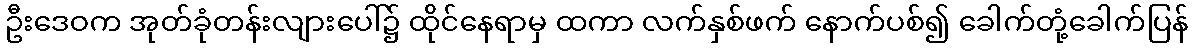
ဦးဒေဝက အုတ်ခုံတန်းလျားပေါ်၌ ထိုင်နေရာမှ ထကာ လက်နှစ်ဖက် နောက်ပစ်၍ ခေါက်တုံ့ခေါက်ပြန်